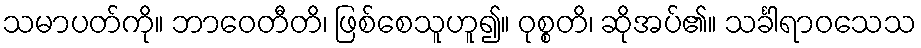
သမာပတ်ကို။ ဘာဝေတီတိ၊ ဖြစ်စေသူဟူ၍။ ဝုစ္စတိ၊ ဆိုအပ်၏။ သင်္ခါရာဝသေသ